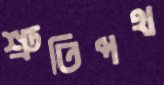
শ্রুতিপথ